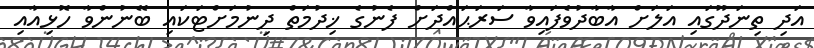
އަދި ތިނަދޫގައި އަލަށް އާބާދުވެފައިވާ ސަރަޙައްދަށް ފެނުގެ ޚިދުމަތް ދިނުމަށްޓަކައި ބޭނުންވާ ހޮޅިއާއި